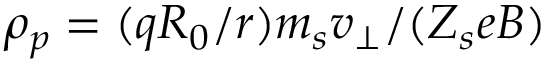
\rho _ { p } = ( q R _ { 0 } / r ) m _ { s } v _ { \perp } / ( Z _ { s } e B )